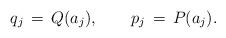
LaTeX: \begin{align*}q_{j}\,=\,Q(a_{j}),\hspace{2em}p_{j}\,=\,P(a_{j}).\end{align*}